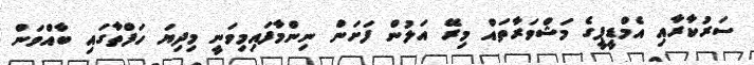
ސަރުކާރާއި އެމްޑީޕީގެ މަޝްވަރާތައް މިރޭ އަލުން ފަށަން ނިންމާފައިމިވަނީ މިދިޔަ ހަފްތާގައި ބާއްވަން